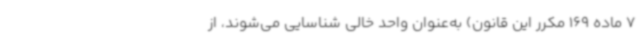
7 ماده 169 مکرر این قانون) به‌عنوان واحد خالی شناسایی می‌شوند، از